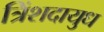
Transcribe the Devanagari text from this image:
त्रिंशदायुध